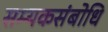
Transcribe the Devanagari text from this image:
सम्यकसंबोधि